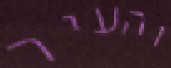
והעיר